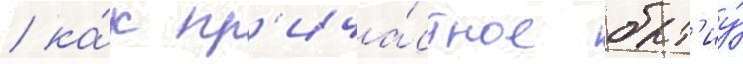
/ ка́к пр'ича́стное быт'иу́